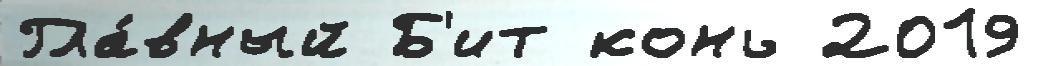
Гла́вный Б'ит конь 2019